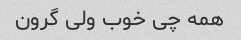
همه چی خوب ولی گرون